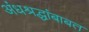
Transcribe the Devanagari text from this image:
अंधश्रद्धांबाबत